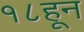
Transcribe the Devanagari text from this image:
१८हून